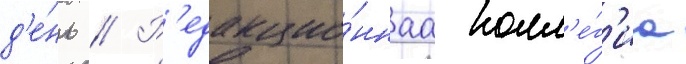
д'е́нь // Р'едакцио́ннаа колл'е́г'иа